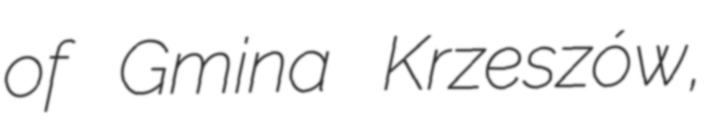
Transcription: of Gmina Krzeszów,